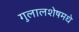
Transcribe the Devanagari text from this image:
गुलालशेषमधे